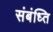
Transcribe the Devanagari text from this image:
संबंध्ति